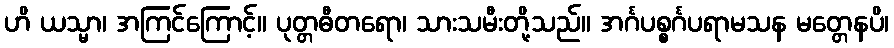
ဟိ ယသ္မာ၊ အကြင်ကြောင့်။ ပုတ္တဓီတရော၊ သားသမီးတို့သည်။ အင်္ဂပစ္စင်္ဂပရာမသန မတ္တေနပိ၊